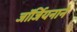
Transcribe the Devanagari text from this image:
जॉर्जियनाने